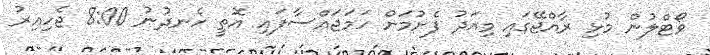
ވޯޓްލުން މުޅި ރާއްޖޭގައި މިއަދު ފެށުމަށް ހަމަޖައްސާފައި އޮތީ ހެނދުނު 8:00 ޖެހިއިރު